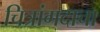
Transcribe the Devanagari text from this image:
चित्रांगदाचा